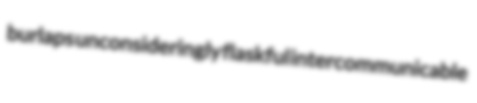
burlaps unconsideringly flaskful intercommunicable